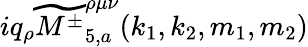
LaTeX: iq_{\rho}\widetilde{{M^{\pm}}}_{5,a}^{\rho\mu\nu}(k_{1},k_{2},m_{1},m_{2})